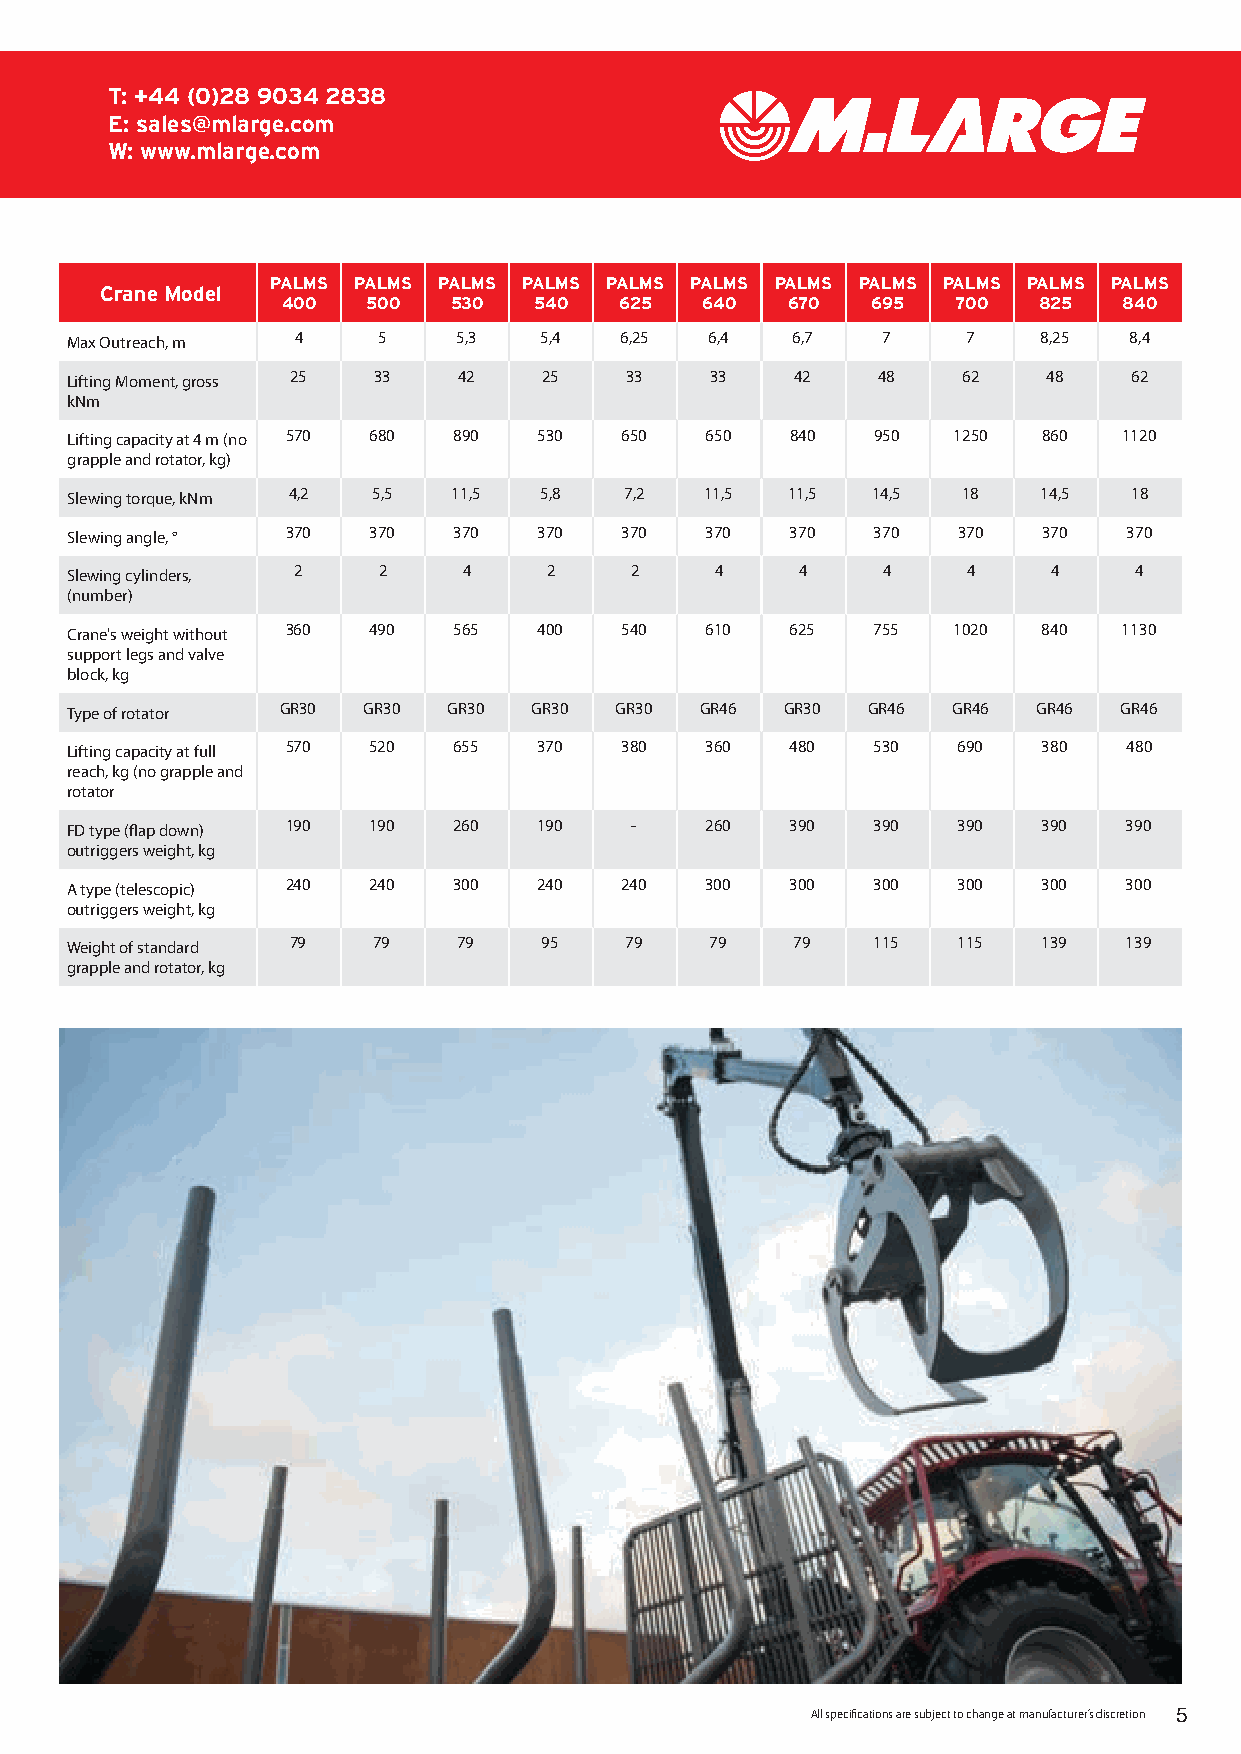
T: +44 (0)28 9034 2838
 E: sales@mlarge.com
 W: www.mlarge.com
 PALMS PALMS PALMS PALMS PALMS PALMS PALMS PALMS PALMS PALMS PALMS
 Crane Model
 400  500   530  540   625  640   670   695  700   825  840
 Max Outreach, m 4    5    5,3   5,4  6,25  6,4  6,7   7     7    8,25  8,4
 Lifting Moment, gross 25 33 42  25   33    33    42   48    62   48    62
 kNm
 Lifting capacity at 4 m (no 570 680 890 530 650 650 840 950 1250 860  1120
 grapple and rotator, kg)
 Slewing torque, kNm 4,2 5,5 11,5 5,8 7,2   11,5 11,5  14,5  18   14,5  18
 Slewing angle, ° 370 370  370   370  370   370  370   370  370   370   370
 Slewing cylinders, 2 2     4    2     2    4     4    4     4     4    4
 (number)
 Crane's weight without 360 490 565 400 540 610  625   755  1020  840  1130
 support legs and valve
 block, kg
 Type of rotator GR30 GR30 GR30 GR30  GR30 GR46  GR30 GR46  GR46  GR46 GR46
 Lifting capacity at full 570 520 655 370 380 360 480  530  690   380   480
 reach, kg (no grapple and
 rotator
 FD type (flap down) 190 190 260 190   -    260  390   390  390   390   390
 outriggers weight, kg
 A type (telescopic) 240 240 300 240  240   300  300   300  300   300   300
 outriggers weight, kg
 Weight of standard 79 79  79    95   79    79    79   115  115   139   139
 grapple and rotator, kg
 All specifications are subject to change at manufacturer’s discretion 5